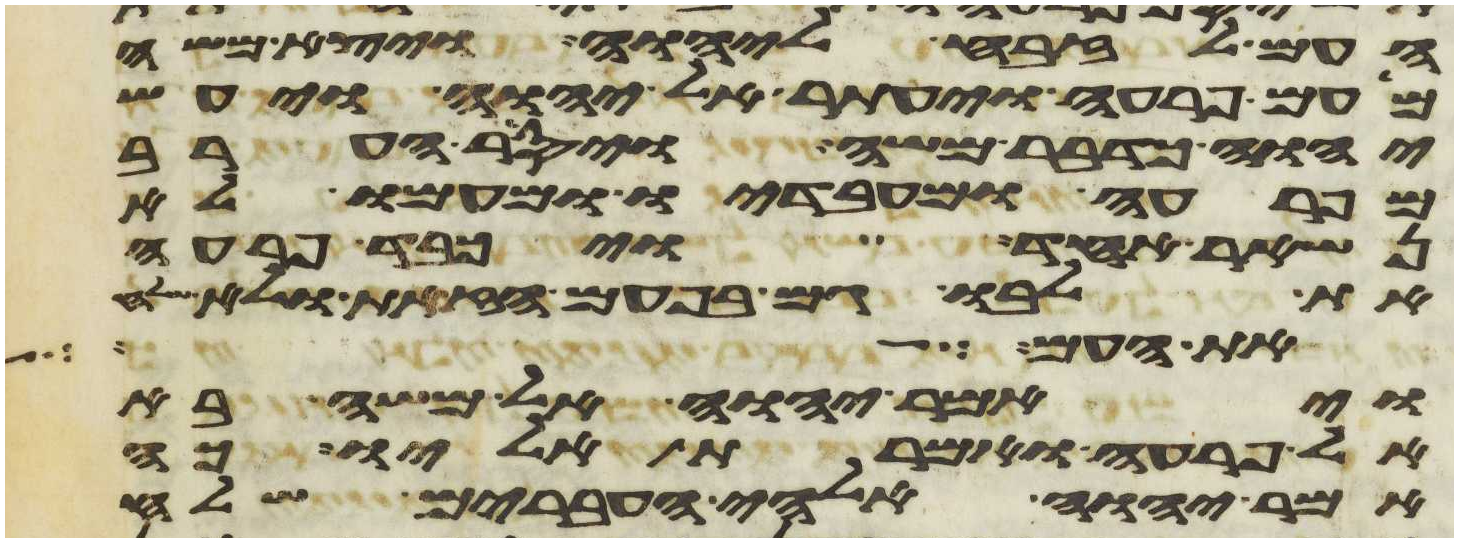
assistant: העם לזבח ליהוה ויצא משה
מעם פרעה ויעתר אל יהוה ויעש
יהוה כדבר משה ויסר הערב
מפרעה ומעבדיו ומעמו לא
נשאר אחד ויכבד פרעה
את לבו גם בפעם הזאת ולא שלח
את העם על
ויאמר יהוה אל משה ראה
אל פרעה ואמרת אליו כה
אמר יהוה אלהי העברים שלח